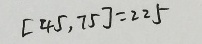
[ 4 5 , 7 5 ] = 2 2 5